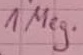
Text: 1Meg.